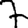
Digit: 7